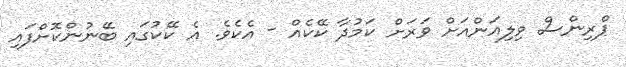
ޕްރިންސް ވިލިއަންއަށް ވަރަށް ކަމުދާ ކޭކެއް - އެކެވެ. އެ ކޭކުގައި ބޭނުންކޮށްފައި